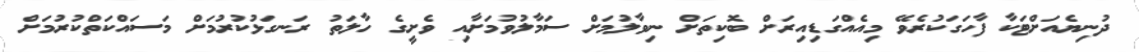
ދުނިޔެއަށްޓަކާ ފާހަގަކުރެވޭ މިއެއްގަޑިއިރަށް ބޮކިތަށް ނިވާލުމަށް ސަމާލުވުމަށާއި ވެށީގެ ހާލަތު ރަނގަޅުކުރުމަށް މަސައްކަތްކުރުމަށް